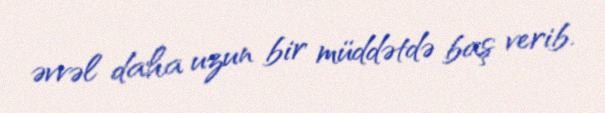
əvvəl daha uzun bir müddətdə baş verib.